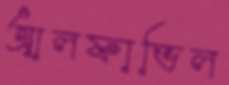
আলফাভিল